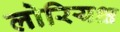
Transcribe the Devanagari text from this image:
लोरियक्ष